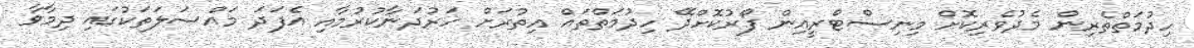
ހިދުމަތްތެރިން މެދުވެރިކޮށް މިނިސްޓްރީއިން ފޯރުކޮށްދޭ ހިދުމަތްތައް އިތުރަށް ހަރުދަނާކުރުމާއި އެފަދަ މައްސަލަތަކުގައި ދިމާވާ